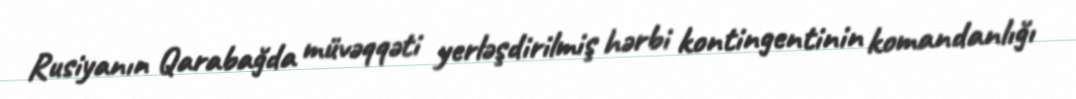
Rusiyanın Qarabağda müvəqqəti yerləşdirilmiş hərbi kontingentinin komandanlığı